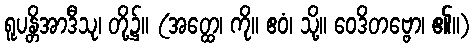
ရူပန္တိအာဒီသု၊ တို့၌။ (အတ္ထေ၊ ကို။ ဧဝံ၊ သို့။ ဝေဒိတဗ္ဗော၊ ၏။)